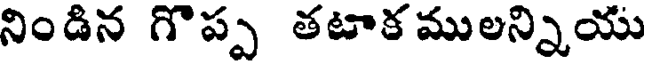
నిండిన గొప్ప తటాక ములన్నియు